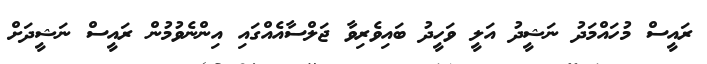
ރައީސް މުހައްމަދު ނަޝީދު އަލީ ވަހީދު ބައިވެރިވާ ޖަލްސާއެއްގައި އިންނެވުމުން ރައީސް ނަޝީދަށް